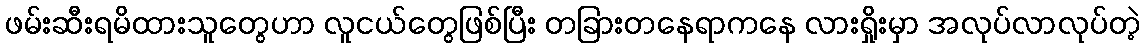
ဖမ်းဆီးရမိထားသူတွေဟာ လူငယ်တွေဖြစ်ပြီး တခြားတနေရာကနေ လားရှိုးမှာ အလုပ်လာလုပ်တဲ့